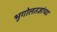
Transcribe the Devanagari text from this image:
भूगोलतज्ञांच्या